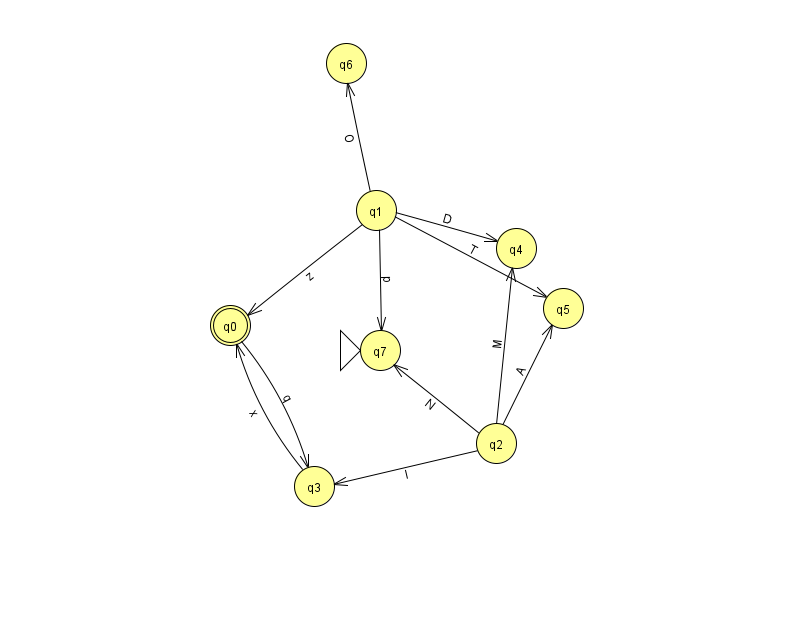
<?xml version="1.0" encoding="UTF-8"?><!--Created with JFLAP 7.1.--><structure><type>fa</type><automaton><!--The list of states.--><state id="0" name="q0"><x>230.0</x><y>312.0</y><final/></state><state id="1" name="q1"><x>376.0</x><y>197.0</y></state><state id="2" name="q2"><x>496.0</x><y>430.0</y></state><state id="3" name="q3"><x>314.0</x><y>473.0</y></state><state id="4" name="q4"><x>516.0</x><y>235.0</y></state><state id="5" name="q5"><x>563.0</x><y>295.0</y></state><state id="6" name="q6"><x>346.0</x><y>50.0</y></state><state id="7" name="q7"><x>380.0</x><y>337.0</y><initial/></state><!--The list of transitions.--><transition><from>2</from><to>5</to><read>A</read></transition><transition><from>3</from><to>0</to><read>x</read></transition><transition><from>1</from><to>7</to><read>p</read></transition><transition><from>2</from><to>7</to><read>N</read></transition><transition><from>0</from><to>3</to><read>q</read></transition><transition><from>1</from><to>0</to><read>z</read></transition><transition><from>1</from><to>6</to><read>O</read></transition><transition><from>1</from><to>5</to><read>T</read></transition><transition><from>2</from><to>3</to><read>l</read></transition><transition><from>1</from><to>4</to><read>D</read></transition><transition><from>2</from><to>4</to><read>M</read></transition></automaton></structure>